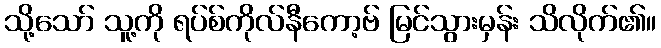
သို့သော် သူ့ကို ရပ်စ်ကိုလ်နီကော့ဗ် မြင်သွားမှန်း သိလိုက်၏။